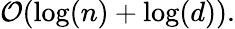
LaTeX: {\mathcal{O}}(\log(n)+\log(d)).